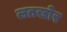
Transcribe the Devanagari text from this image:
लतखोर